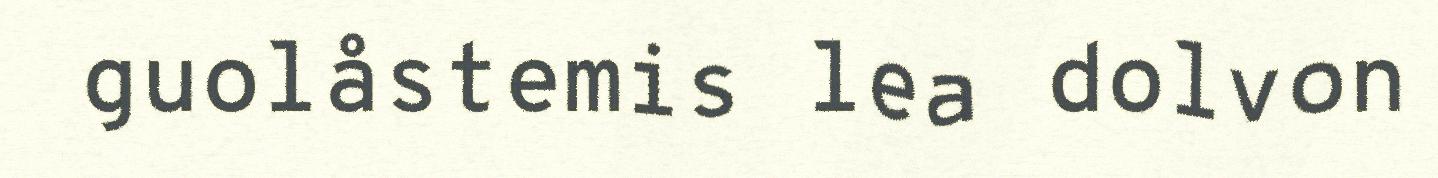
guolåstemis lea dolvon